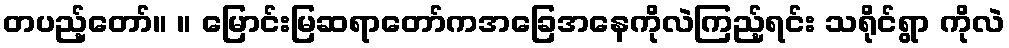
တပည့်တော်။ ။ မြောင်းမြဆရာတော်ကအခြေအနေကိုလဲကြည့်ရင်း သရိုင်ရွာ ကိုလဲ